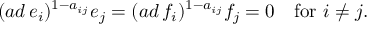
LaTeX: ( a d \, e _ { i } ) ^ { 1 - a _ { i j } } e _ { j } = ( a d \, f _ { i } ) ^ { 1 - a _ { i j } } f _ { j } = 0 \quad \mathrm { f o r ~ } i \neq j .